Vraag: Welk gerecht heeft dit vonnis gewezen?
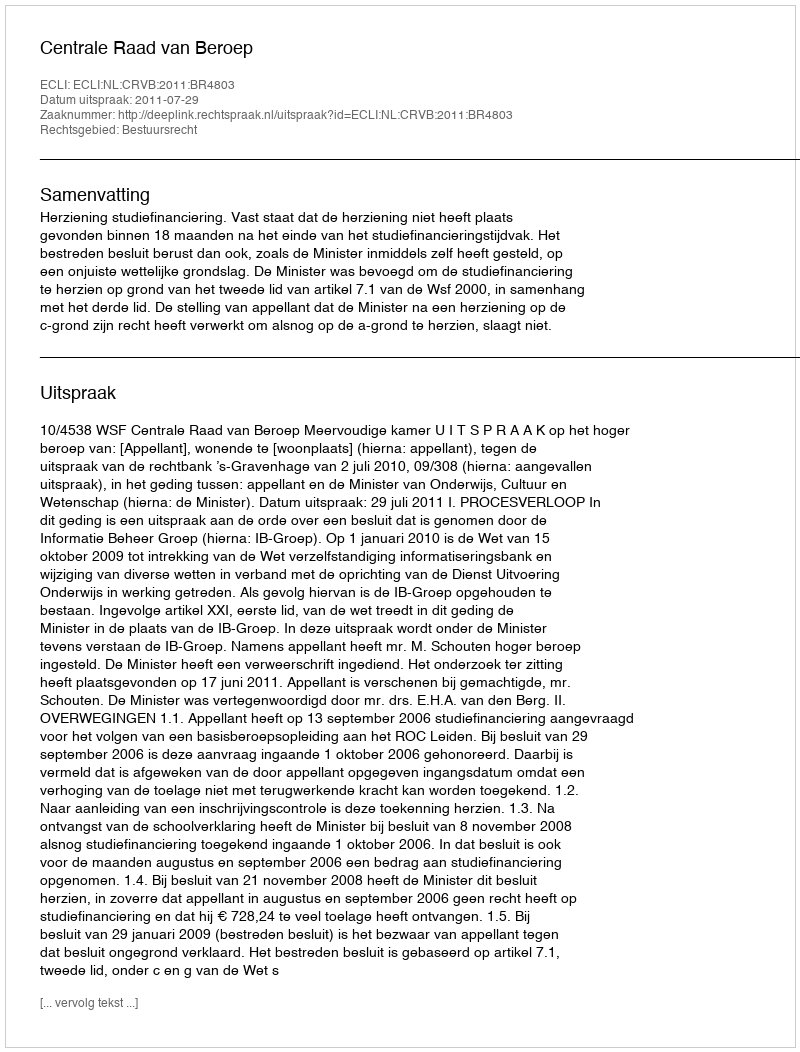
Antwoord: Centrale Raad van Beroep